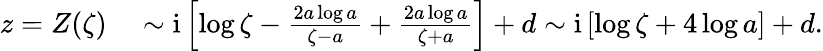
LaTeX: \begin{array}{rl}{z=Z(\zeta)}&{{}\sim\mathrm{i}\left[\log\zeta-{\frac{2a\log a}{\zeta-a}}+{\frac{2a\log a}{\zeta+a}}\right]+d\sim\mathrm{i}\left[\log\zeta+{4\log a}\right]+d.}\end{array}